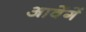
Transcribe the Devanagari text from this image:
आवेंगें